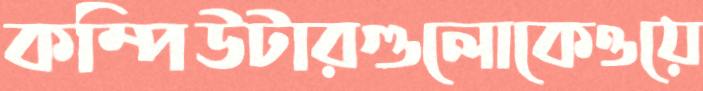
কম্পিউটারগুলোকেওয়ে